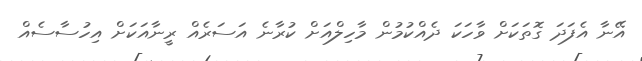
އޭނާ އެފަދަ ގޮތަކަށް ވާހަކަ ދެއްކުމުން މާހިލްއަށް ކުރާނެ އަސަރެއް ރީނާއަކަށް އިހުސާސެއް